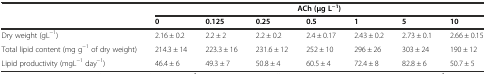
|  | <COLSPAN=7> ACh(μg L−1) |
 |  | 0 | 0.125 | 0.25 | 0.5 | 1 | 5 | 10 |
 | --- | --- | --- | --- | --- | --- | --- | --- |
 | Dry weight (gL−1) | 2.16 ± 0.2 | 2.2 ± 2 | 2.2 ± 0.2 | 2.4 ± 0.17 | 2.43 ± 0.2 | 2.73 ± 0.1 | 2.66 ± 0.15 |
 | Total lipid content (mg g−1 of dry weight) | 214.3 ± 14 | 223.3 ± 16 | 231.6 ± 12 | 252 ± 10 | 296 ± 26 | 303 ± 24 | 190 ± 12 |
 | Lipid productivity (mgL−1 day−1) | 46.4 ± 6 | 49.3 ± 7 | 50.8 ± 4 | 60.5 ± 4 | 72.4 ± 8 | 82.8 ± 6 | 50.7 ± 5 |